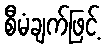
စီမံချက်ဖြင့်